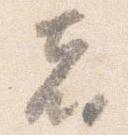
者